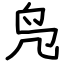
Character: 凫